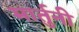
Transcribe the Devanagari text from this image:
मार्तुनी